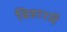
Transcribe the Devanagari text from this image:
बिहारमें